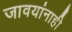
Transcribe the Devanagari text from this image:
जावयांनाही